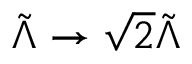
\tilde { \Lambda } \rightarrow \sqrt { 2 } \tilde { \Lambda }